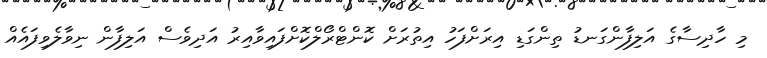
މި ހާދިސާގެ އަލިފާންގަނޑު ތިންގަޑި އިރަށްފަހު އިތުރަށް ކޮންޓްރޯލްކޮށްފައިވާއިރު އަދިވެސް އަލިފާން ނިވާލެވިފައެއް